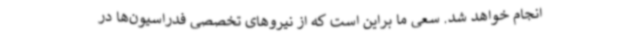
انجام خواهد شد. سعی ما براین است که از نیروهای تخصصی فدراسیون‌ها در